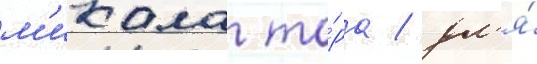
м'икала то́ра / дл'я́